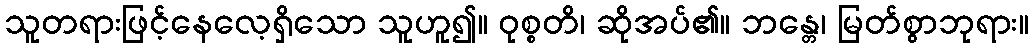
သူတရားဖြင့်နေလေ့ရှိသော သူဟူ၍။ ဝုစ္စတိ၊ ဆိုအပ်၏။ ဘန္တေ၊ မြတ်စွာဘုရား။